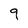
Character: 9